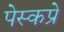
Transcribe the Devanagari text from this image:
पेस्कप्रे